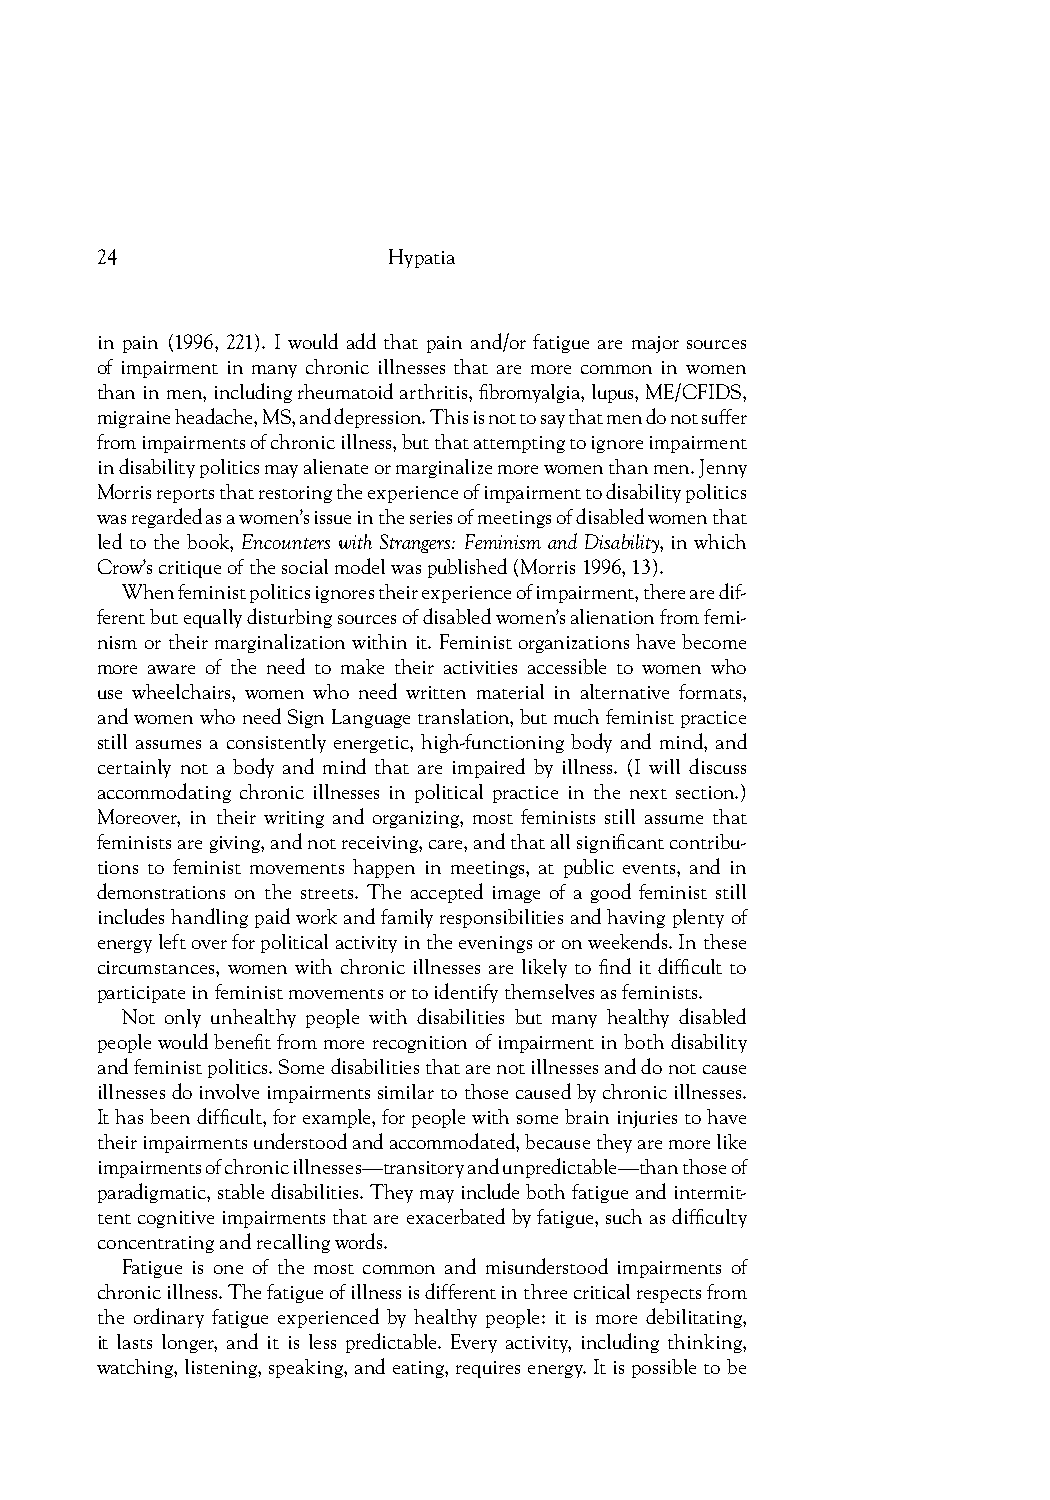
24                  Hypatia
 in pain (1996, 221). I would add that pain and/or fatigue are major sources
 of impairment in many chronic illnesses that are more common in women
 than in men, including rheumatoid arthritis, fi bromyalgia, lupus, ME/CFIDS,
 migraine headache, MS, and depression. This is not to say that men do not suffer
 from impairments of chronic illness, but that attempting to ignore impairment
 in disability politics may alienate or marginalize more women than men. Jenny
 Morris reports that restoring the experience of impairment to disability politics
 was regarded as a women’s issue in the series of meetings of disabled women that
 led to the book, Encounters with Strangers: Feminism and Disability, in which
 Crow’s critique of the social model was published (Morris 1996, 13).
 When feminist politics ignores their experience of impairment, there are dif-
 ferent but equally disturbing sources of disabled women’s alienation from femi-
 nism or their marginalization within it. Feminist organizations have become
 more aware of the need to make their activities accessible to women who
 use wheelchairs, women who need written material in alternative formats,
 and women who need Sign Language translation, but much feminist practice
 still assumes a consistently energetic, high-functioning body and mind, and
 certainly not a body and mind that are impaired by illness. (I will discuss
 accommodating chronic illnesses in political practice in the next section.)
 Moreover, in their writing and organizing, most feminists still assume that
 feminists are giving, and not receiving, care, and that all signifi cant contribu-
 tions to feminist movements happen in meetings, at public events, and in
 demonstrations on the streets. The accepted image of a good feminist still
 includes handling paid work and family responsibilities and having plenty of
 energy left over for political activity in the evenings or on weekends. In these
 circumstances, women with chronic illnesses are likely to fi nd it diffi cult to
 participate in feminist movements or to identify themselves as feminists.
 Not only unhealthy people with disabilities but many healthy disabled
 people would benefi t from more recognition of impairment in both disability
 and feminist politics. Some disabilities that are not illnesses and do not cause
 illnesses do involve impairments similar to those caused by chronic illnesses.
 It has been diffi cult, for example, for people with some brain injuries to have
 their impairments understood and accommodated, because they are more like
 impairments of chronic illnesses—transitory and unpredictable—than those of
 paradigmatic, stable disabilities. They may include both fatigue and intermit-
 tent cognitive impairments that are exacerbated by fatigue, such as diffi culty
 concentrating and recalling words.
 Fatigue is one of the most common and misunderstood impairments of
 chronic illness. The fatigue of illness is different in three critical respects from
 the ordinary fatigue experienced by healthy people: it is more debilitating,
 it lasts longer, and it is less predictable. Every activity, including thinking,
 watching, listening, speaking, and eating, requires energy. It is possible to be